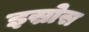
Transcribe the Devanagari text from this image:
इस्रोस